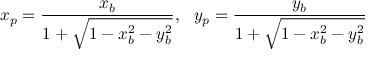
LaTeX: x _ { p } = { \frac { x _ { b } } { 1 + { \sqrt { 1 - x _ { b } ^ { 2 } - y _ { b } ^ { 2 } } } } } , \ \ y _ { p } = { \frac { y _ { b } } { 1 + { \sqrt { 1 - x _ { b } ^ { 2 } - y _ { b } ^ { 2 } } } } }